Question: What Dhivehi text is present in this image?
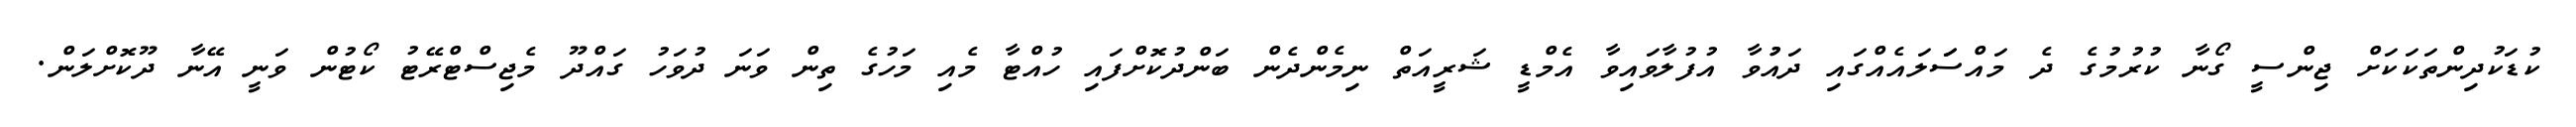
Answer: ކުޑަކުދިންތަކަކަށް ޖިންސީ ގޯނާ ކުރުމުގެ ދެ މައްސަަލައެއްގައި ދައުުވާ އުފުލާވައިވާ އެމްޑީ ޝަރީއަތް ނިމެންދެން ބަންދުކޮށްފައި ހުއްޓާ މެއި މަހުގެ ތިން ވަނަ ދުވަހު ގައްދޫ މެޖިސްޓްރޭޓު ކޯޓުން ވަނީ އޭނާ ދޫކޮށްލަން.